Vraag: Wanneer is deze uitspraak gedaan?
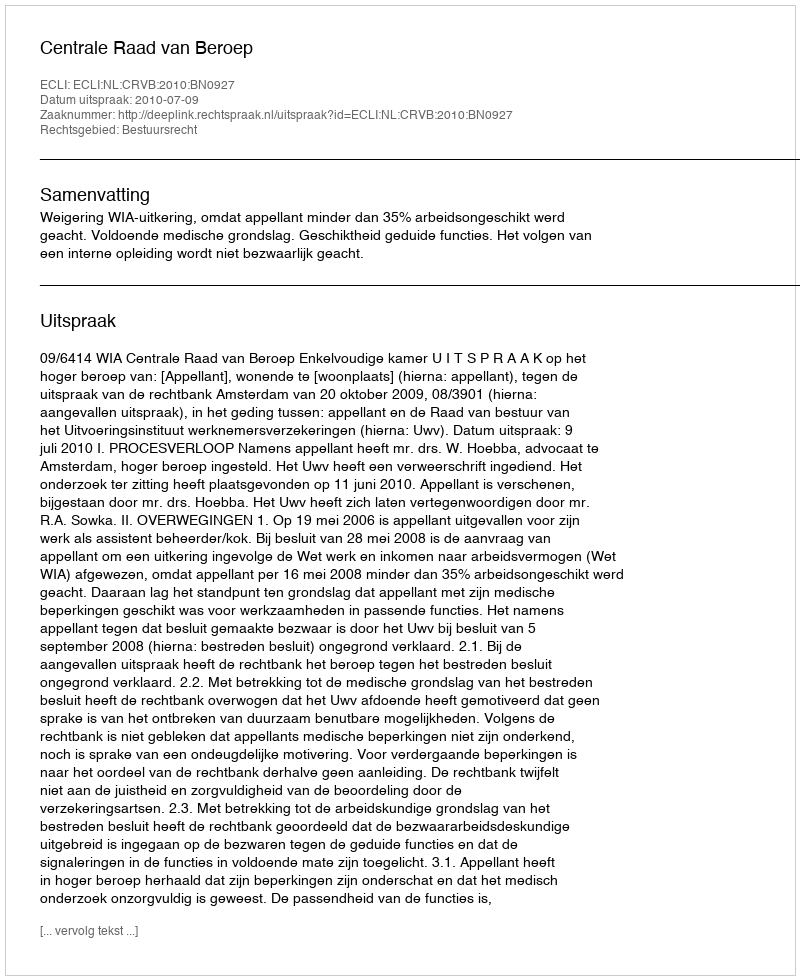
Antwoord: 2010-07-09